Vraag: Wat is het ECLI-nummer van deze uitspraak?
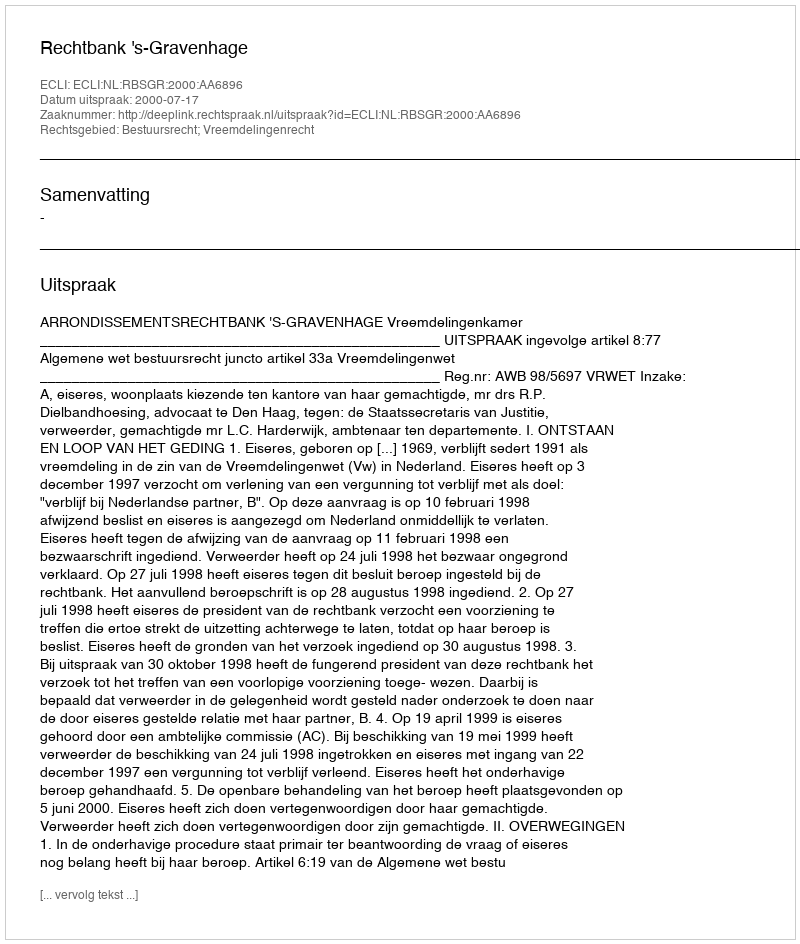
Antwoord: ECLI:NL:RBSGR:2000:AA6896